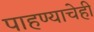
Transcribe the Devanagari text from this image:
पाहण्याचेही